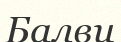
Балви